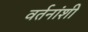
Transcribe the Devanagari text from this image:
वर्तनांशी